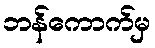
ဘန်ကောက်မှ